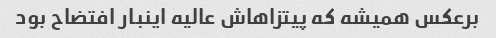
برعکس همیشه که پیتزاهاش عالیه اینبار افتضاح بود